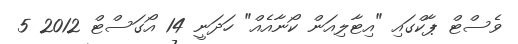
ވެސްޓް ޕާކްގައި "އިޓާލިއަން ކޯނާއެއް" ހަދަނީ 14 އޯގަސްޓް 2012 5